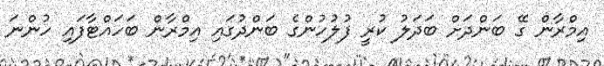
އިމްރާން ގޭ ބަންދަށް ބަދަލު ކުރީ ފުލުހުންގެ ބަންދުގައި އިމްރާން ބަހައްޓާފައި ހުންނަ